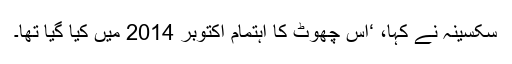
سکسینہ نے کہا، ‘اس چھوٹ کا اہتمام اکتوبر 2014 میں کیا گیا تھا۔